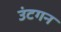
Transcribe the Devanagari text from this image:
उंटगन